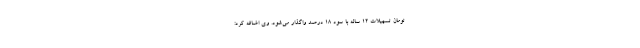
تومان تسهیلات ۱۲ ساله با سود ۱۸ درصد واگذار می‌شود. وی اضافه کرد: